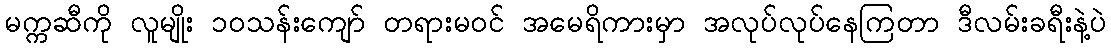
မက္ကဆီကို လူမျိုး ၁၀သန်းကျော် တရားမဝင် အမေရိကားမှာ အလုပ်လုပ်နေကြတာ ဒီလမ်းခရီးနဲ့ပဲ